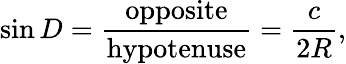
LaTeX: \sin D={\frac{\mathrm{opposite}}{\mathrm{hypotenuse}}}={\frac{c}{2R}},